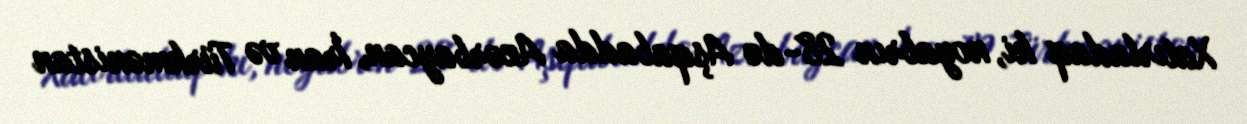
Xatırladaq ki, noyabrın 28-də Aşqabadda Azərbaycan, İran və Türkmənistan